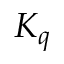
K _ { q }